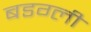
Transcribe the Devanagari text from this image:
बडग्ली